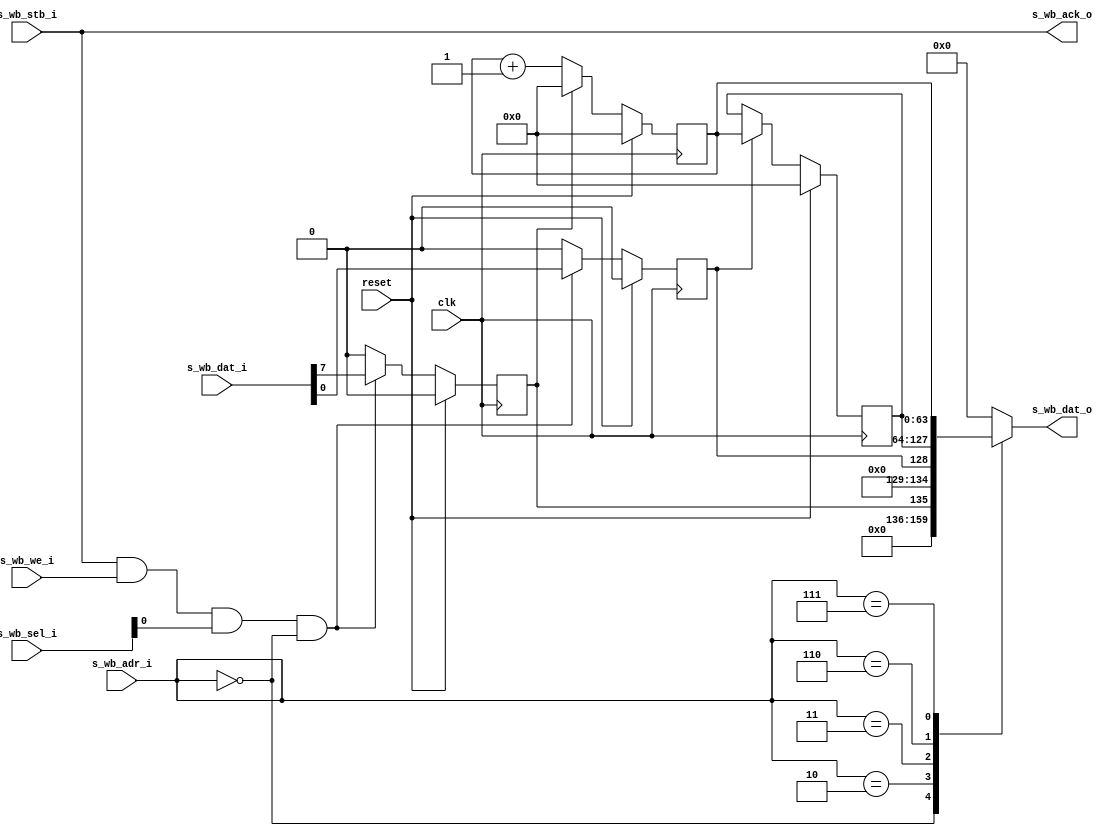
// This program was cloned from: https://github.com/ryuz/jelly
// License: MIT License

// ---------------------------------------------------------------------------
//  Jelly  -- The platform for real-time computing
//
//                                 Copyright (C) 2008-2015 by Ryuz
//                                 https://github.com/ryuz/jelly.git
// ---------------------------------------------------------------------------



`timescale 1ns / 1ps
`default_nettype none



//    64bit time counter
module jelly_clock_counter
        #(
            parameter                           WB_ADR_WIDTH  = 3,
            parameter                           WB_DAT_WIDTH  = 32,
            parameter                           WB_SEL_WIDTH  = (WB_DAT_WIDTH / 8)
        )
        (
            // system
            input   wire                        reset,
            input   wire                        clk,
            
            // control port (wishbone)
            input   wire    [WB_ADR_WIDTH-1:0]  s_wb_adr_i,
            output  reg     [WB_DAT_WIDTH-1:0]  s_wb_dat_o,
            input   wire    [WB_DAT_WIDTH-1:0]  s_wb_dat_i,
            input   wire                        s_wb_we_i,
            input   wire    [WB_SEL_WIDTH-1:0]  s_wb_sel_i,
            input   wire                        s_wb_stb_i,
            output  wire                        s_wb_ack_o
        );

    // register address
    localparam  CLOCK_COUNTER_ADR_CONTROL   = 3'b000;
    localparam  CLOCK_COUNTER_ADR_MONITOR_H = 3'b010;
    localparam  CLOCK_COUNTER_ADR_MONITOR_L = 3'b011;
    localparam  CLOCK_COUNTER_ADR_COUNTER_H = 3'b110;
    localparam  CLOCK_COUNTER_ADR_COUNTER_L = 3'b111;

    
    // control
    reg                 reg_copy_mon;
    reg                 reg_clear;
    
    reg     [63:0]      reg_counter;
    reg     [63:0]      reg_monitor;
    
    always @ ( posedge clk ) begin
        if ( reset ) begin
            reg_copy_mon <= 1'b0;
            reg_clear    <= 1'b0;
            
            reg_counter  <= 64'd0;
            reg_monitor  <= 64'd0;
        end
        else begin
            // control
            if ( s_wb_stb_i & s_wb_we_i & s_wb_sel_i[0] & (s_wb_adr_i == CLOCK_COUNTER_ADR_CONTROL) ) begin
                reg_copy_mon <= s_wb_dat_i[0];
                reg_clear    <= s_wb_dat_i[7];
            end
            else begin
                reg_copy_mon <= 1'b0;       // auto clear;
                reg_clear    <= 1'b0;       // auto clear;
            end
            
            // counter
            if ( reg_clear ) begin
                reg_counter <= 64'd0;
            end
            else begin
                reg_counter <= reg_counter + 1;
            end
            
            // monitor
            if ( reg_copy_mon ) begin
                reg_monitor <= reg_counter;
            end
        end
    end
    
    always @* begin
        case ( s_wb_adr_i )
        CLOCK_COUNTER_ADR_CONTROL:      begin   s_wb_dat_o <= {reg_clear, 6'd0, reg_copy_mon};  end
        CLOCK_COUNTER_ADR_MONITOR_H:    begin   s_wb_dat_o <= reg_monitor[63:32];               end
        CLOCK_COUNTER_ADR_MONITOR_L:    begin   s_wb_dat_o <= reg_monitor[31:0];                end
        CLOCK_COUNTER_ADR_COUNTER_H:    begin   s_wb_dat_o <= reg_counter[63:32];               end
        CLOCK_COUNTER_ADR_COUNTER_L:    begin   s_wb_dat_o <= reg_counter[31:0];                end
        default:                        begin   s_wb_dat_o <= {WB_DAT_WIDTH{1'b0}};             end
        endcase
    end
    
    assign s_wb_ack_o = s_wb_stb_i;
    
endmodule


`default_nettype wire


//  end of file